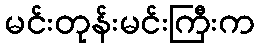
မင်းတုန်းမင်းကြီးက